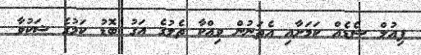
ފިއުލް ޝެޑެއް ކަމަށާއި އެތަނުން ވިއްކާ ތެލުގެ އަގު ބޮޑު ކަމުގެ ޝަކުވާ